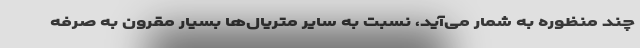
چند منظوره به شمار می‌آید، نسبت به سایر متریال‌ها بسیار مقرون به صرفه